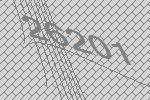
26201